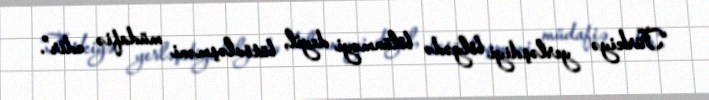
“Türkiyə yerləşdiyi bölgədə bölünməyi deyil, bütövləşməni müdafiə edir”.